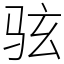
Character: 𫠊